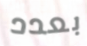
بعدد